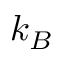
k _ { B }